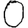
Digit: 0